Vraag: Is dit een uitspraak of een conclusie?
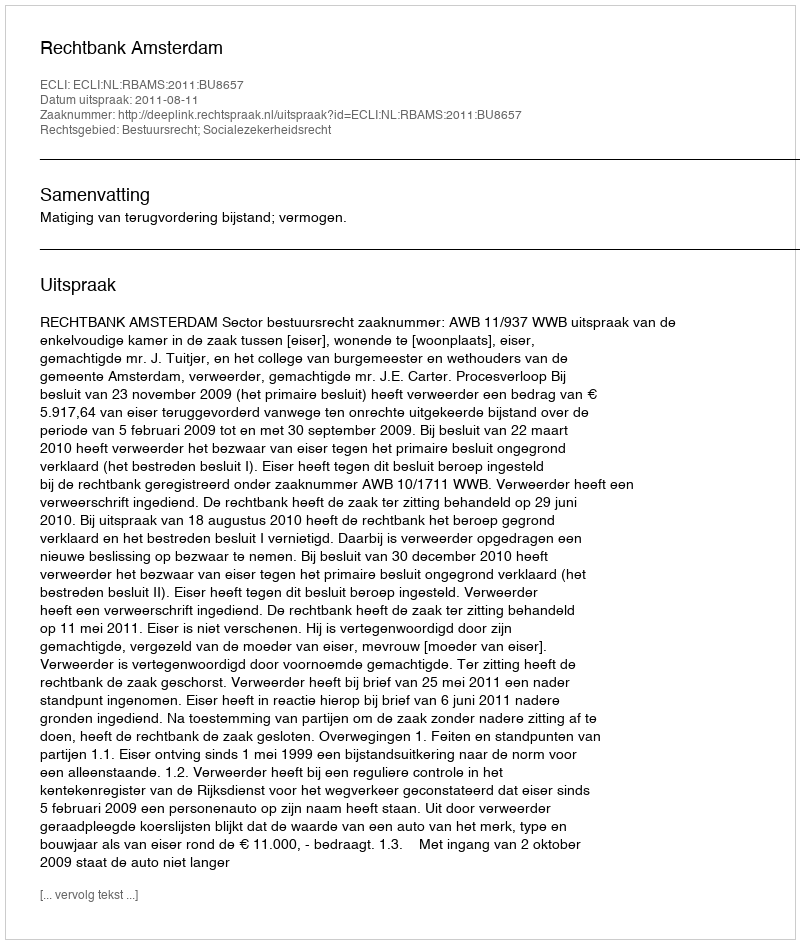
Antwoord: Uitspraak